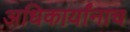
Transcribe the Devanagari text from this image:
अधिकार्यांनाच